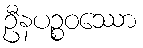
ဦနပဉ္စဝဿော